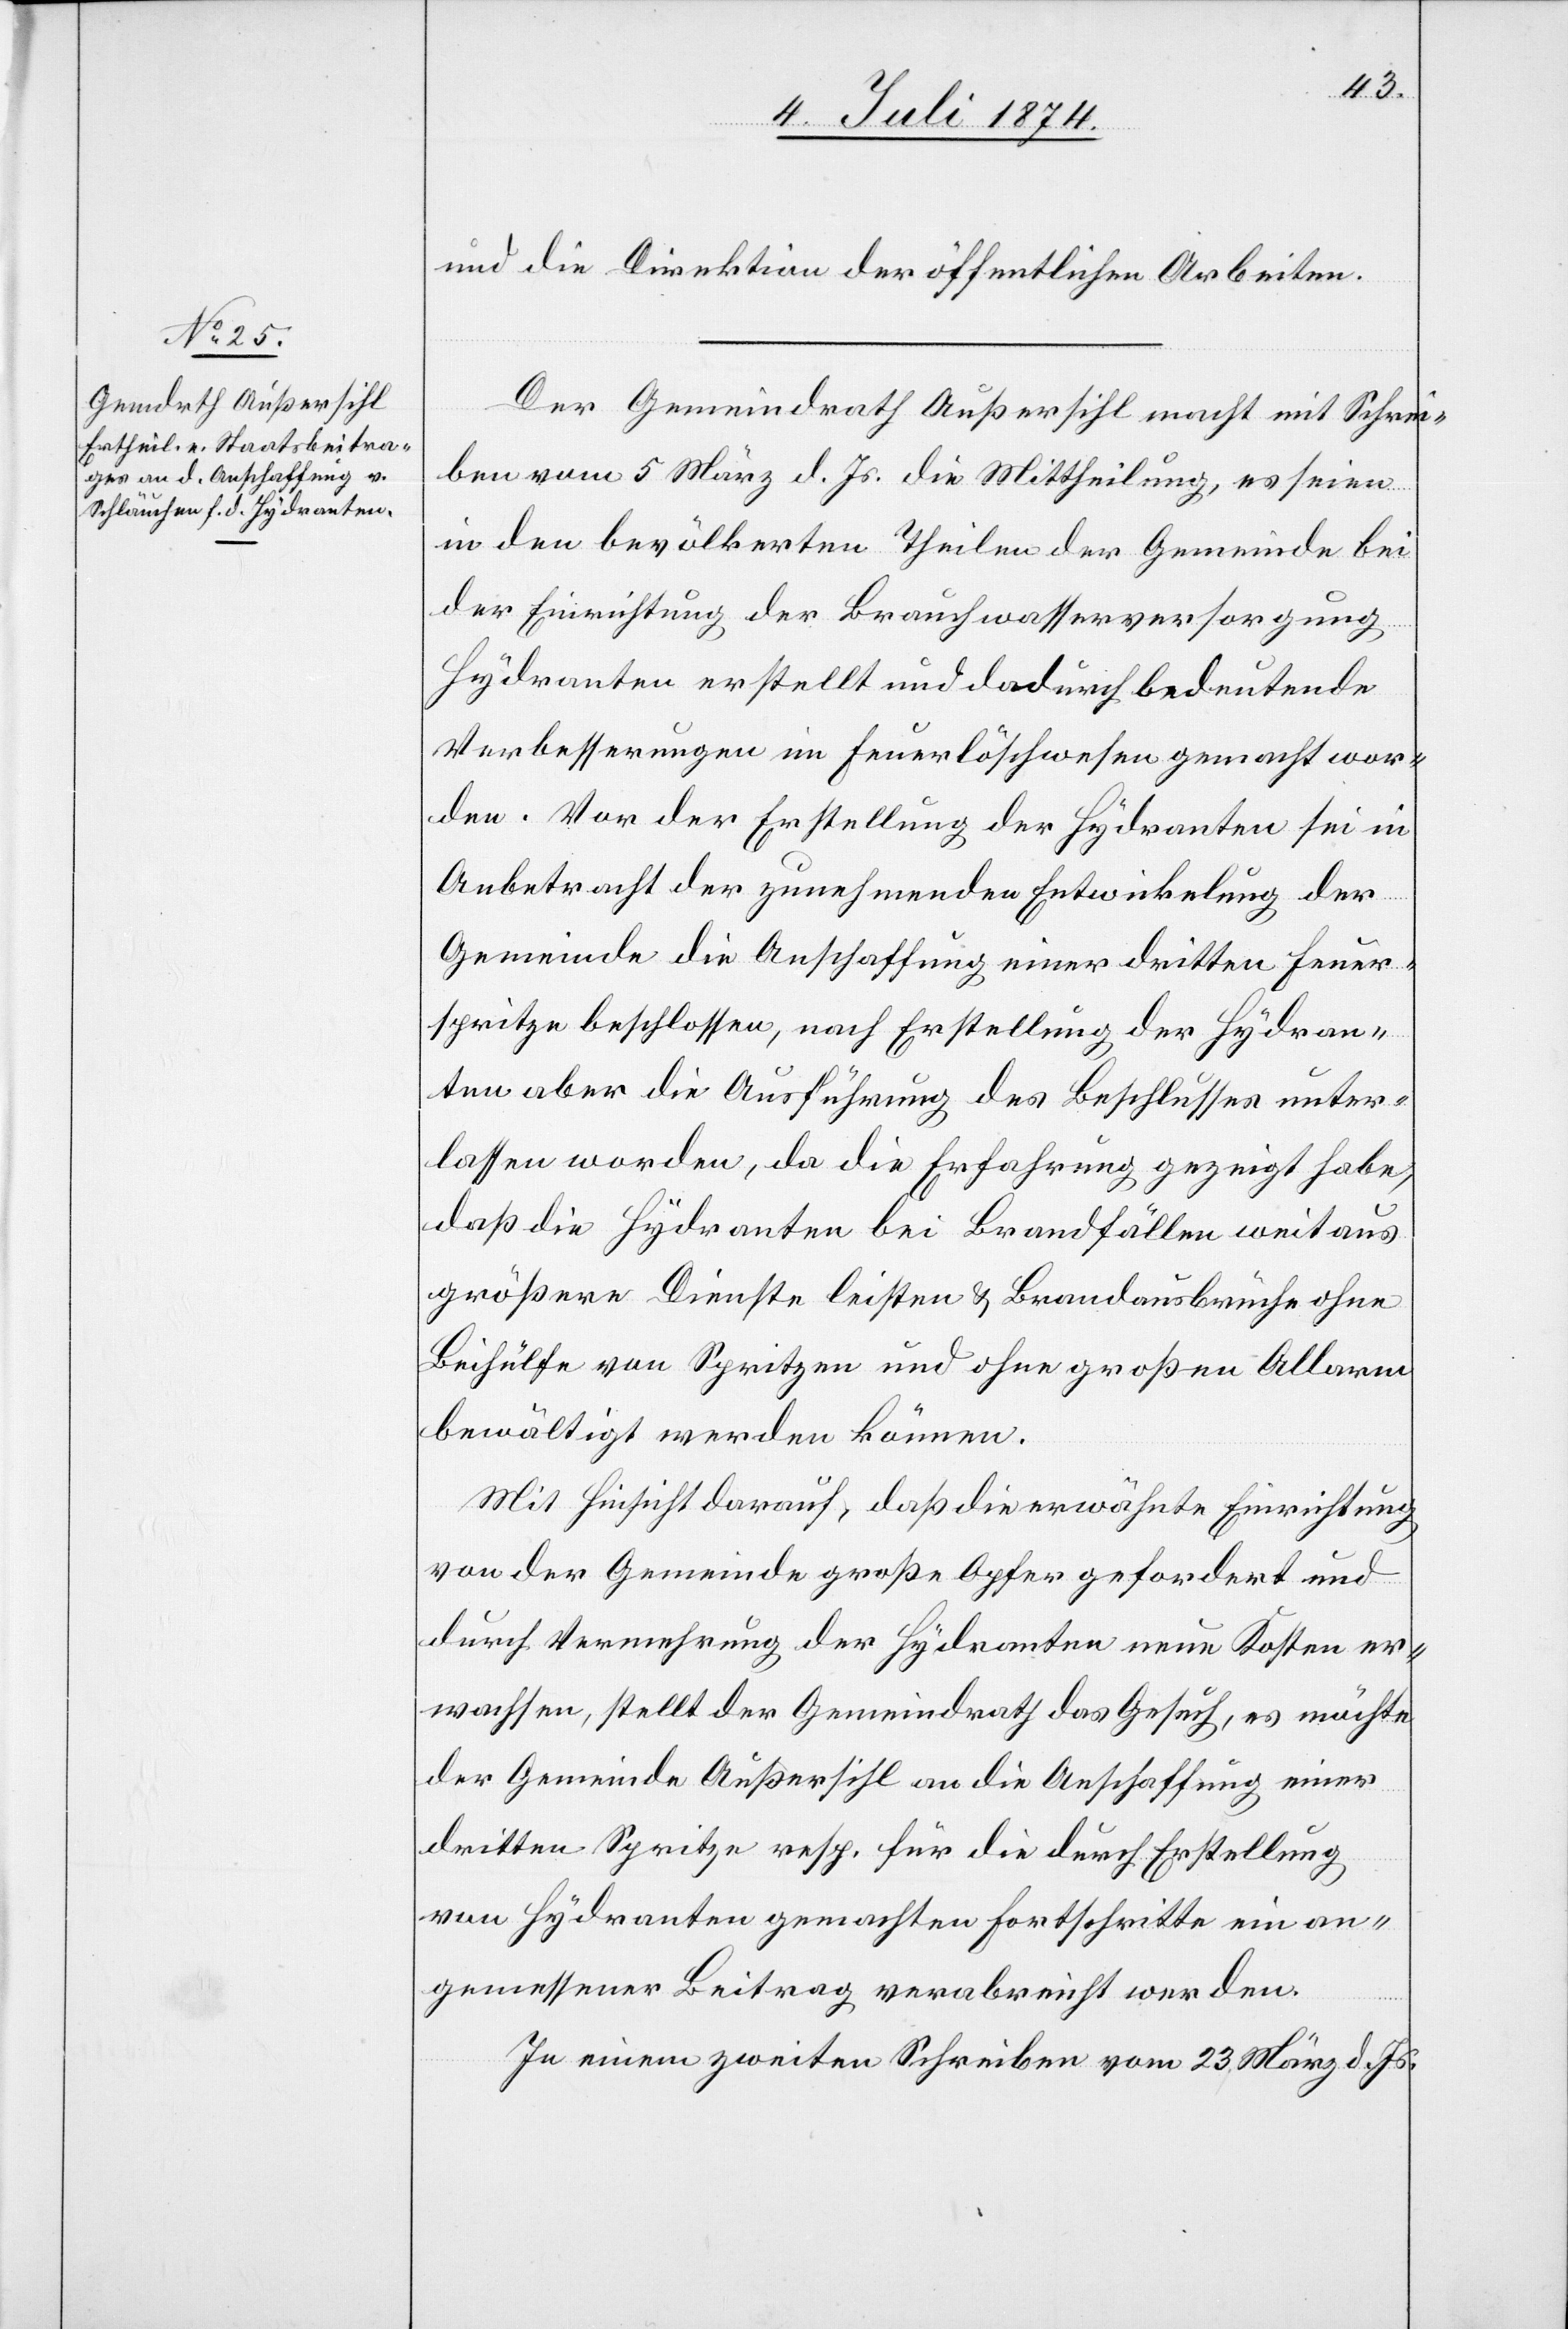
und die Direktion der öffentlichen Arbeiten.
Der Gemeindrath Außersihl macht mit Schrei¬
ben vom 5. März d. Js. die Mittheilung, es seien
in den bevölkerten Theilen der Gemeinde bei
der Einrichtung der Brauchwasserversorgung
Hydranten erstellt und dadurch bedeutende
Verbesserungen im Feuerlöschwesen gemacht wor¬
den. Vor der Erstellung der Hydranten sei in
Anbetracht der zunehmenden Entwicklung der
Gemeinde die Anschaffung einer dritten Feuer¬
spritze beschlossen, nach Erstellung der Hydran¬
ten aber die Ausführung des Beschlusses unter¬
lassen worden, da die Erfahrung gezeigt habe,
daß die Hydranten bei Brandfällen weitaus
größere Dienste leisten u. Brandausbrüche ohne
Beihülfe von Spritzen und ohne großen Allarm
bewältigt werden können.
Mit Hinsicht darauf, daß die erwähnte Einrichtung
von der Gemeinde große Opfer gefordert und
durch Vermehrung der Hydranten neue Kosten er¬
wachsen, stellt der Gemeindrath das Gesuch, es möchte
der Gemeinde Außersihl an die Anschaffung einer
dritten Spritze resp. für die durch Erstellung
von Hydranten gemachten Fortschritte ein an¬
gemessener Beitrag verabreicht werden.